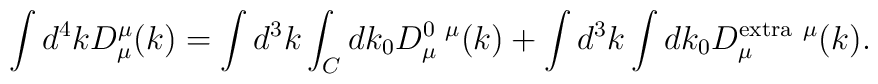
\int d^4 k D^\mu_\mu(k) = \int d^3k\int_C d k_0 D^{0\ \mu}_\mu (k)+\int d^3k\int dk_0D^{\rm  extra\ \mu}_\mu(k).